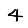
Digit: 4